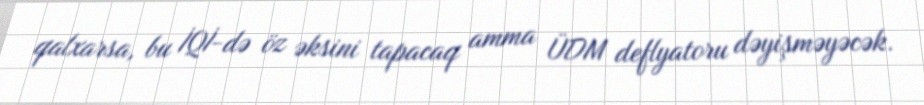
qalxarsa, bu İQİ-də öz əksini tapacaq amma ÜDM deflyatoru dəyişməyəcək.